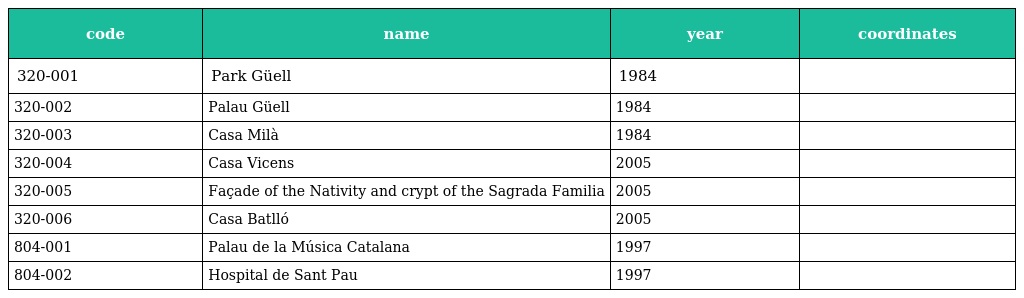
| code | name | year | coordinates |
 | --- | --- | --- | --- |
 | 320-001 | Park Güell | 1984 |  |
 | 320-002 | Palau Güell | 1984 |  |
 | 320-003 | Casa Milà | 1984 |  |
 | 320-004 | Casa Vicens | 2005 |  |
 | 320-005 | Façade of the Nativity and crypt of the Sagrada Familia | 2005 |  |
 | 320-006 | Casa Batlló | 2005 |  |
 | 804-001 | Palau de la Música Catalana | 1997 |  |
 | 804-002 | Hospital de Sant Pau | 1997 |  |